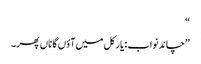
“
”چاند نواب: یار کل میں آؤں گا ناں پھر۔